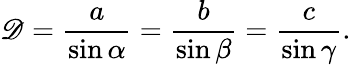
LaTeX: \mathscr{D}={\frac{{a}}{{\sin\alpha}}}={\frac{{b}}{{\sin\beta}}}={\frac{{c}}{{\sin\gamma}}}.